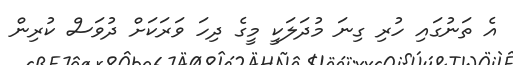
އެ ތަނުގައި ހުރި ގިނަ މުދަލަކީ މީގެ ދިހަ ވަރަކަށް ދުވަސް ކުރިން